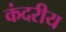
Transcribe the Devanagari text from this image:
कंदरीय